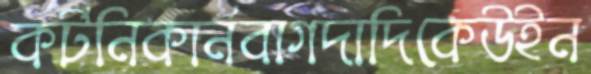
কর্টনিকার্নবাগদাদিকেউইন